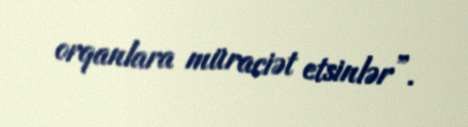
orqanlara müraciət etsinlər”.